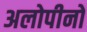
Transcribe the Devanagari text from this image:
अलोपीनो